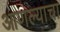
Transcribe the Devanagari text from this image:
आणल्याचा